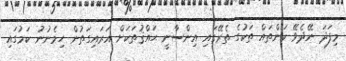
މިފަދަ ނޭދެވޭ ކަންތައް ތަކުގެ ތެރޭގައި އިންސާނީ ޙައްޤުތަކަށް އަރައިގަތުން ހިމެނުނު ކަމުގައި